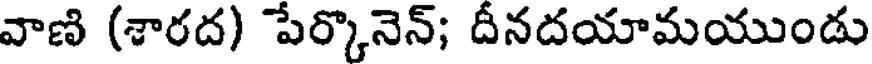
వాణి (శారద) పేర్కొనెన్; దీనదయామయుండు